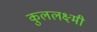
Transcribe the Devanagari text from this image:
कुललक्ष्मी